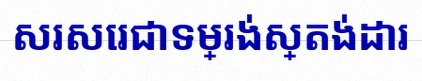
សរសេរជាទម្រង់ស្តង់ដារ